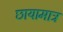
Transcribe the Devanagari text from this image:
छायामात्र